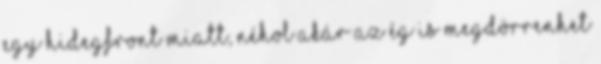
egy hidegfront miatt, néhol akár az ég is megdörrenhet